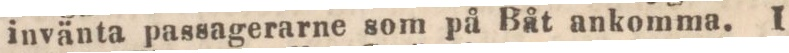
invänta passagerarne som på Båt ankomma. I